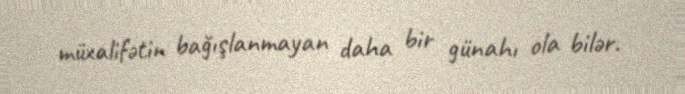
müxalifətin bağışlanmayan daha bir günahı ola bilər.